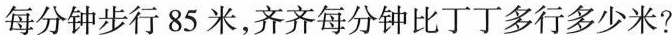
每分钟步行85米，齐齐每分钟比丁丁多行多少米?